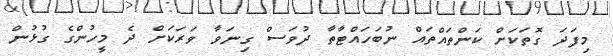
މިފަދަ ގޮތަކަށް ކަންތައްތައް ނުބަހައްޓާތާ ދުވަސް ގިނަވާ ވަރަކަށް ދެ މީހުންގެ ގުޅުން